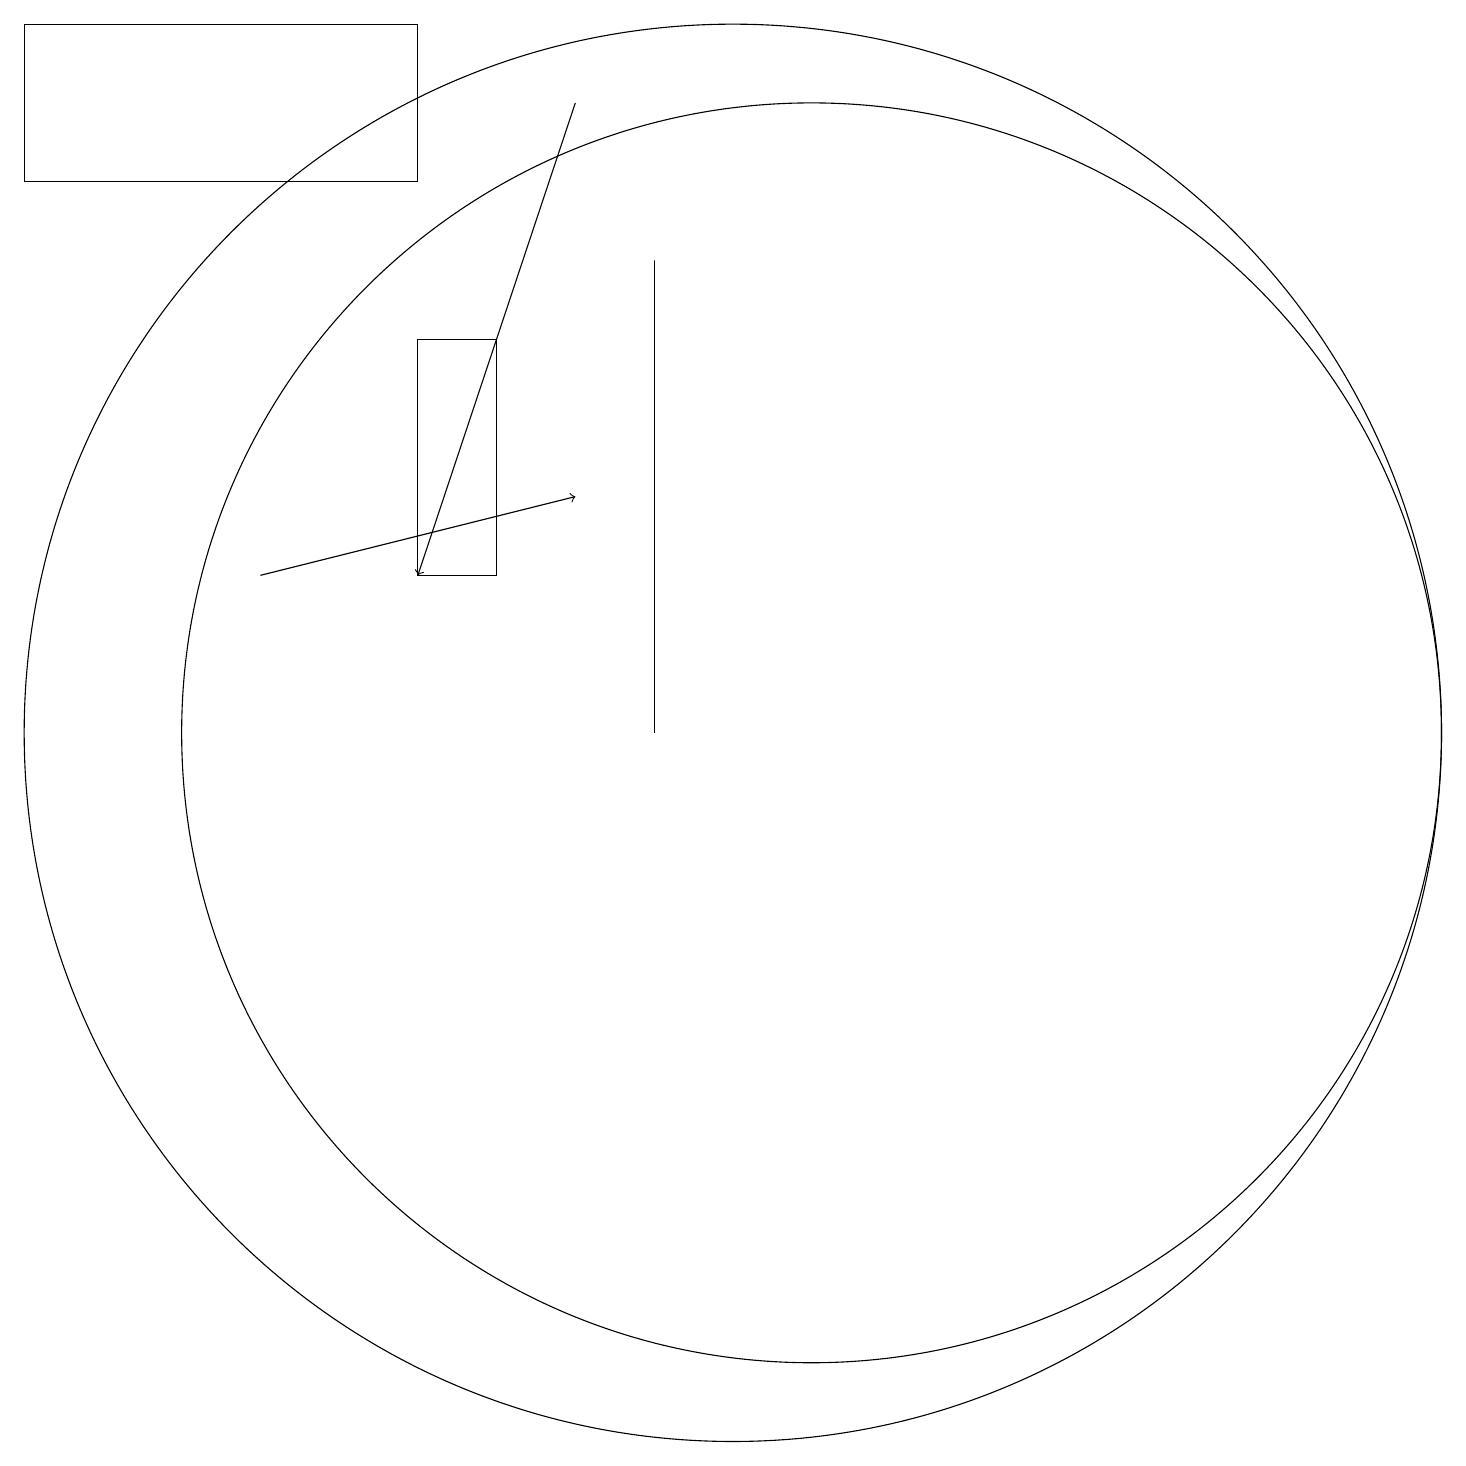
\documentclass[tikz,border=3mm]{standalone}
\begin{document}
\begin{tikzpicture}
\draw[->] (4,12) -- (8,13);
\draw (11,10) circle (8);
\draw[->] (8,18) -- (6,12);
\draw (7,15) rectangle (6,12);
\draw (1,17) rectangle (6,19);
\draw (9,10) rectangle (9,16);
\draw (10,10) circle (9);
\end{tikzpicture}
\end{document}